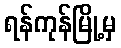
ရန်ကုန်မြို့မှ